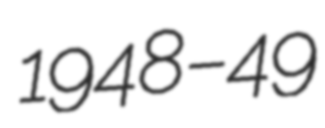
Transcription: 1948–49